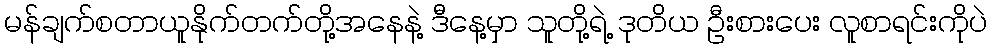
မန်ချက်စတာယူနိုက်တက်တို့အနေနဲ့ ဒီနေ့မှာ သူတို့ရဲ့ ဒုတိယ ဦးစားပေး လူစာရင်းကိုပဲ